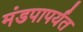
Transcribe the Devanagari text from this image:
मंडपापर्यंत